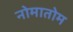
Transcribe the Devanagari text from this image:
नोमातोम